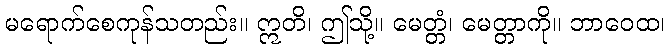
မရောက်စေကုန်သတည်း။ ဣတိ၊ ဤသို့။ မေတ္တံ၊ မေတ္တာကို။ ဘာဝေထ၊